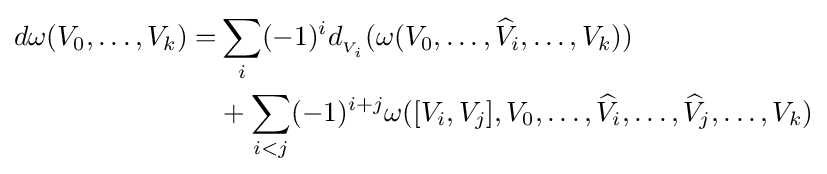
{\begin{aligned}d\omega (V_{0},\ldots ,V_{k})=&\sum _{i}(-1)^{i}d_{{}_{V_{i}}}(\omega (V_{0},\ldots ,{\widehat {V}}_{i},\ldots ,V_{k}))\\&+\sum _{i<j}(-1)^{i+j}\omega ([V_{i},V_{j}],V_{0},\ldots ,{\widehat {V}}_{i},\ldots ,{\widehat {V}}_{j},\ldots ,V_{k})\end{aligned}}